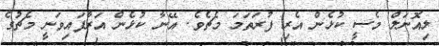
ލިއޮނަލް މެސީ ކުޅެން އެރި ފުރަތަމަ މެޗެވެ. އޭނާ ކުޅެން އަރާފައިވަނީ މެޗުގެ